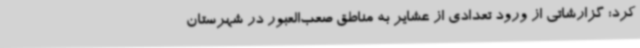
کرد: گزارشاتی از ورود تعدادی از عشایر به مناطق‌ صعب‌العبور در شهرستان